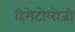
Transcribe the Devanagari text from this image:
हिमेटोलोजी